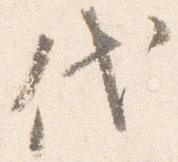
代